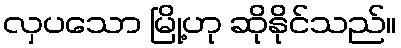
လှပသော မြို့ဟု ဆိုနိုင်သည်။